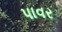
પાવર